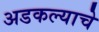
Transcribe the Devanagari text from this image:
अडकल्याचे